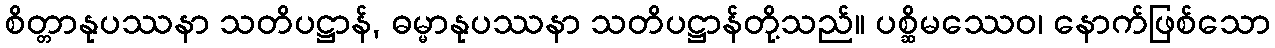
စိတ္တာနုပဿနာ သတိပဋ္ဌာန်, ဓမ္မာနုပဿနာ သတိပဋ္ဌာန်တို့သည်။ ပစ္ဆိမဿေဝ၊ နောက်ဖြစ်သော